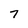
Character: 7